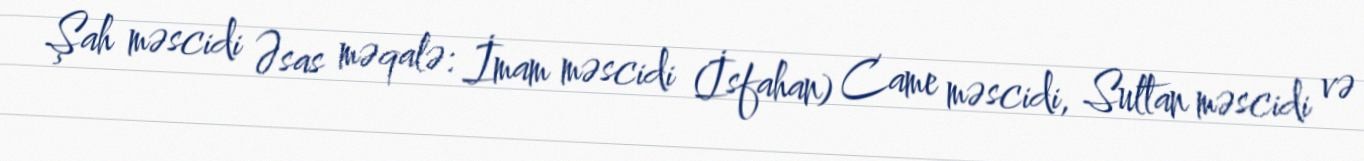
Şah məscidi Əsas məqalə: İmam məscidi (İsfahan) Came məscidi, Sultan məscidi və